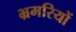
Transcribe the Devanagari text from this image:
भ्रमरियों